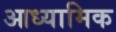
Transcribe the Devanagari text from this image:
आध्‍यामिक